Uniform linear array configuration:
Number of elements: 24
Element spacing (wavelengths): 0.5
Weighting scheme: exponential
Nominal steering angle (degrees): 45
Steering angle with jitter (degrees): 46.887
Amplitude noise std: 0.05
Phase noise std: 0.05

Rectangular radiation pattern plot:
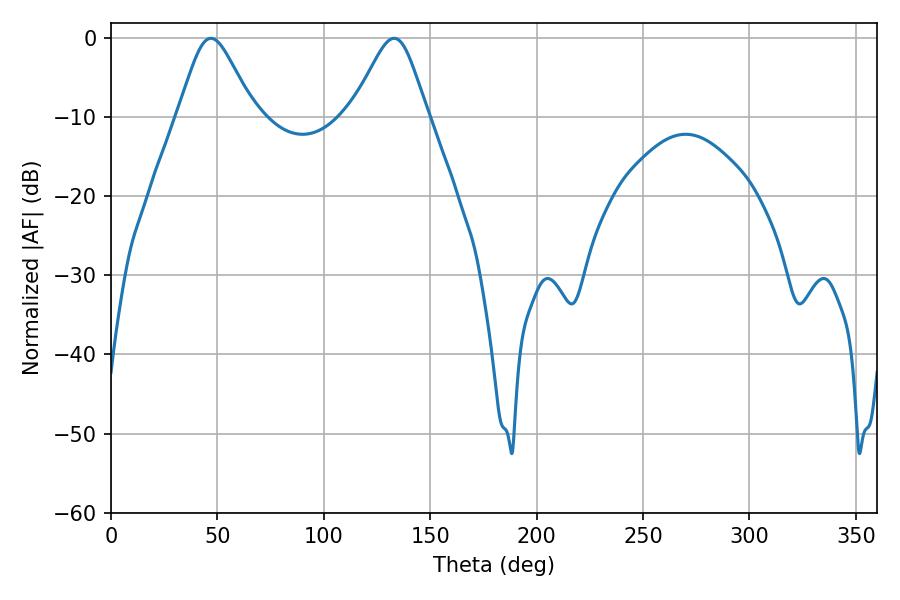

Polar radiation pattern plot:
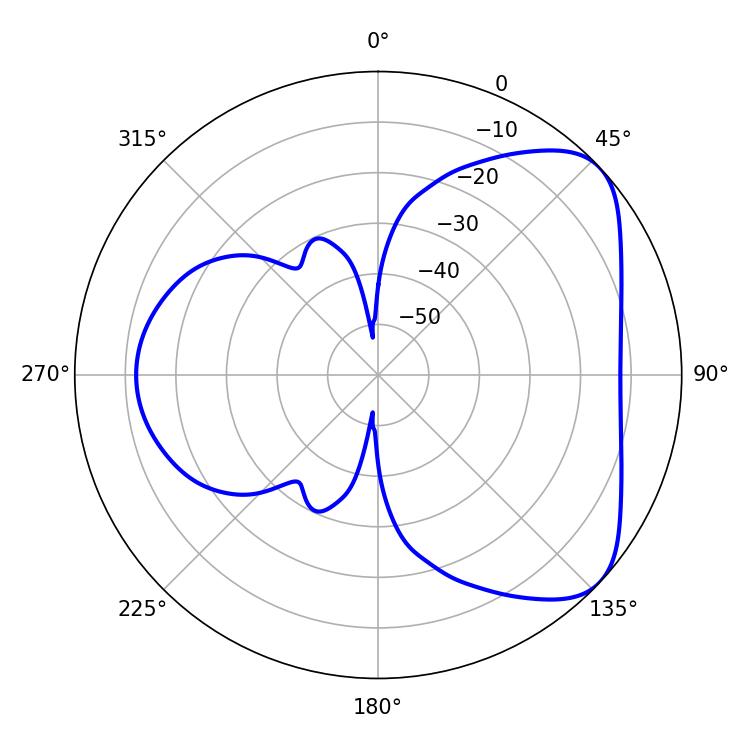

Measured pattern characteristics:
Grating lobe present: FALSE
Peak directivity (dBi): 5.736
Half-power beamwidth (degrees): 17.28
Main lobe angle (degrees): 46.98